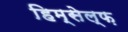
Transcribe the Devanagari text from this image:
हिम्सेल्फ़